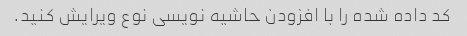
کد داده شده را با افزودن حاشیه نویسی نوع ویرایش کنید.